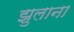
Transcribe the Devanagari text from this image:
झुलाना